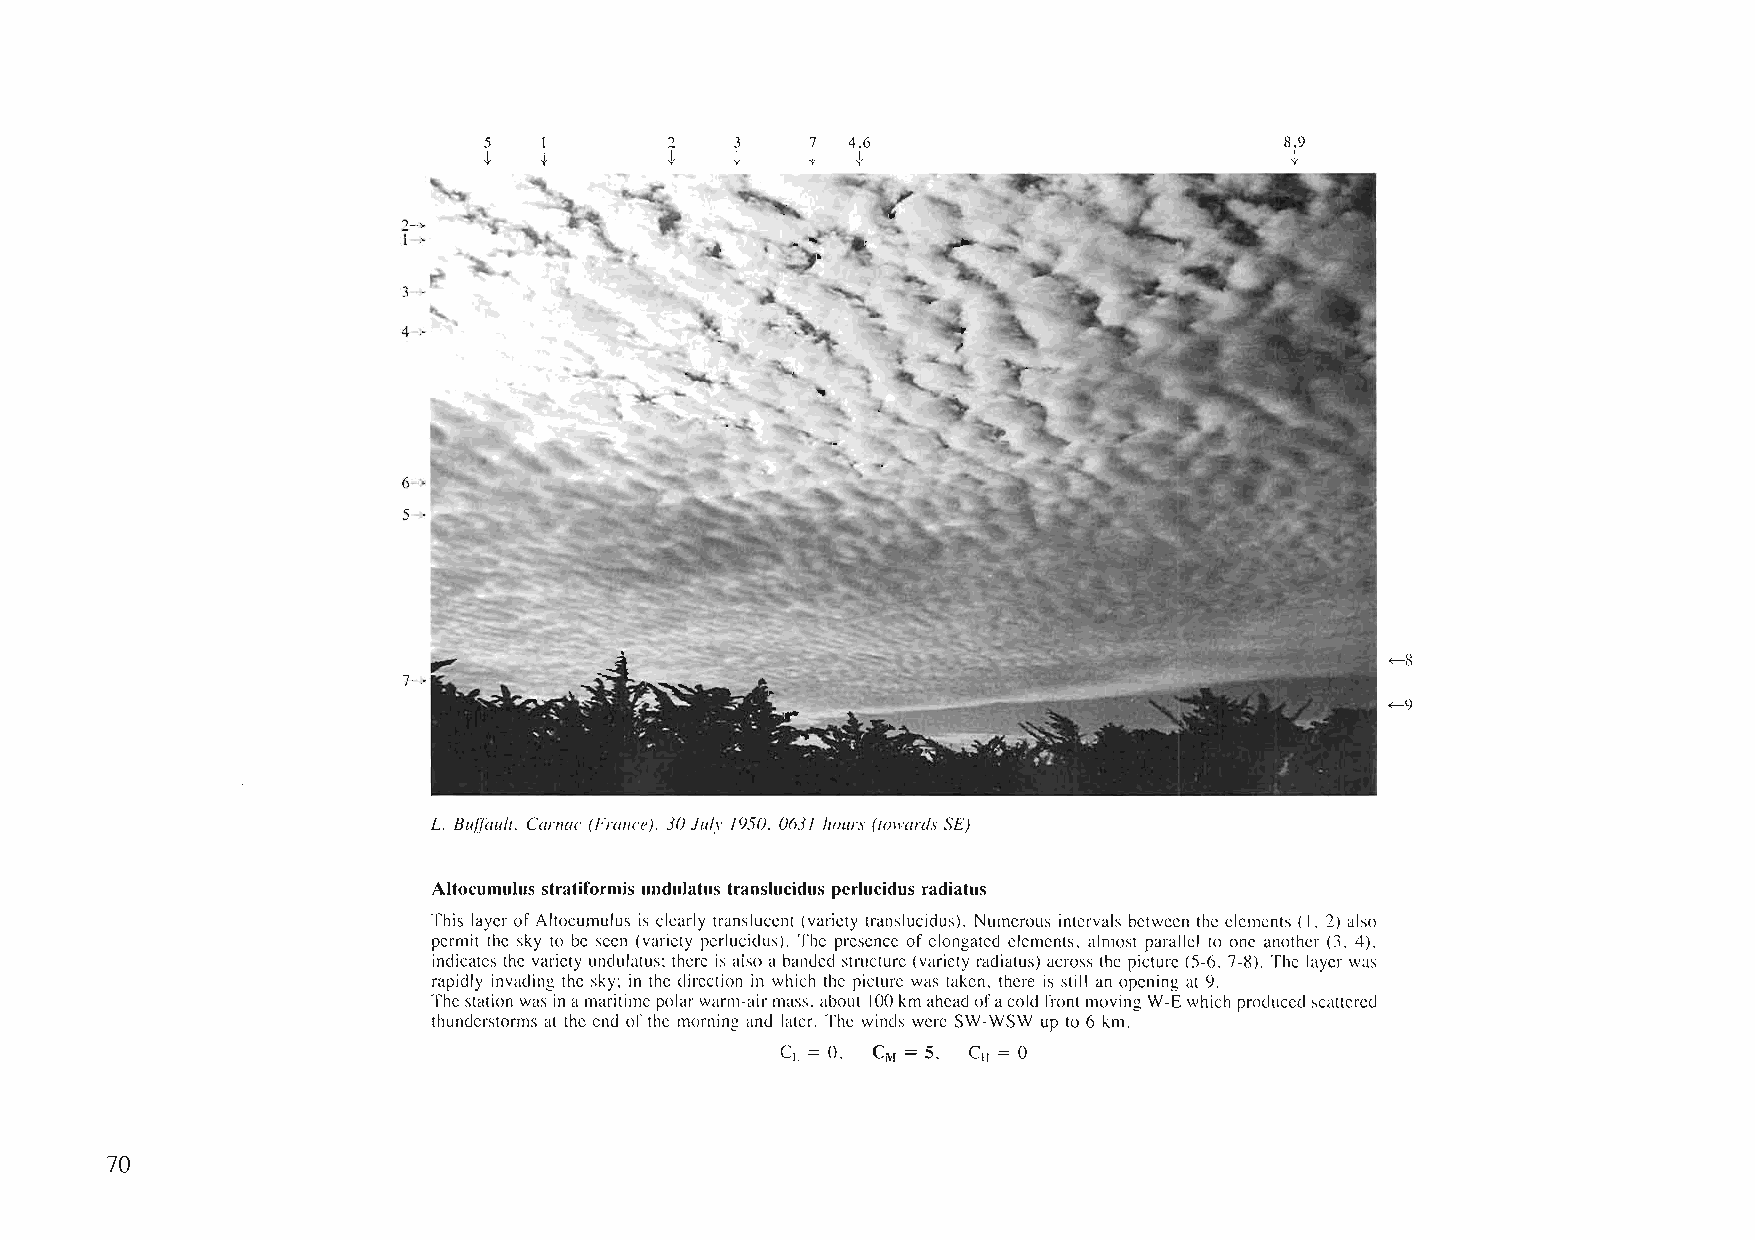
5   1       2    3    7 4.6                          8.9
 .j, .j,     .j,  .j,     .j,                         .j,
 2-~
 1->
 3~>
 4
 <-8
 <-9
 L. Bufj'au!l. Car/wc (France). 30.ht/v /950. 063/ hour,\' (IowaI'd,\' SE)
 Altocumulus stratiformis undulatus translllcidlls pcrlllcidlls radiatlls
 This layerof Altocumulus is clearly translucent (variety translucidus). Numerous intervals between the elements (I. 2) also
 permit the sky to be seen (variety perlucidus). The presenee ofelongated elements, almost parallel to one another (3. 4),
 indicates the variety undulatus; there is also abanded strueture (variety radiatus) across the pieture (5~6. 7~8). The layer was
 rapidly invading the sky; in the direetion in whieh the picture was taken, there is still an opening at 9.
 Thestation was inamaritimepolarwarm~airmass, about 100kmaheadofacold frontmovingW~Ewhich producedscattered
 thunderstorms at the end ofthe morning and later. The winds were SW~WSW up to 6 km.
 Cl. = O. CM = S, C = 0
 II
 70